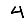
Digit: 4